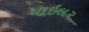
માઇલ૨